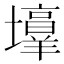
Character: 𪤯